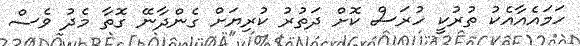
ހަމައެއާއެކު ތުރުކީ ހުރަސް ކޮށް ދަތުރު ކުރިޔަށް ގެންދާނޭ ގޮތާ މެދު ވެސް